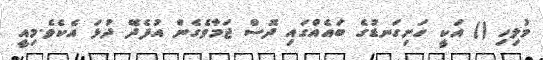
މުލިހި () އަކީ ހަށިގަނޑުގެ ބައެއްގައި ދޮސް ޖަމާވެގެން އުފެދޭ ދުޅަ އެކެވެ.މިއީ